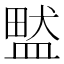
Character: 盢